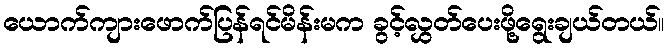
ယောက်ကျားဖောက်ပြန်ရင်မိန်းမက ခွင့်လွှတ်ပေးဖို့ရွေးချယ်တယ်။